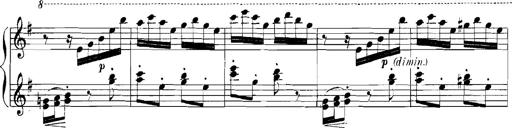
Title: Rhapsodies hongroises
Composer: Franz Liszt